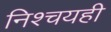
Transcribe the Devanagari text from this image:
निश्चयही